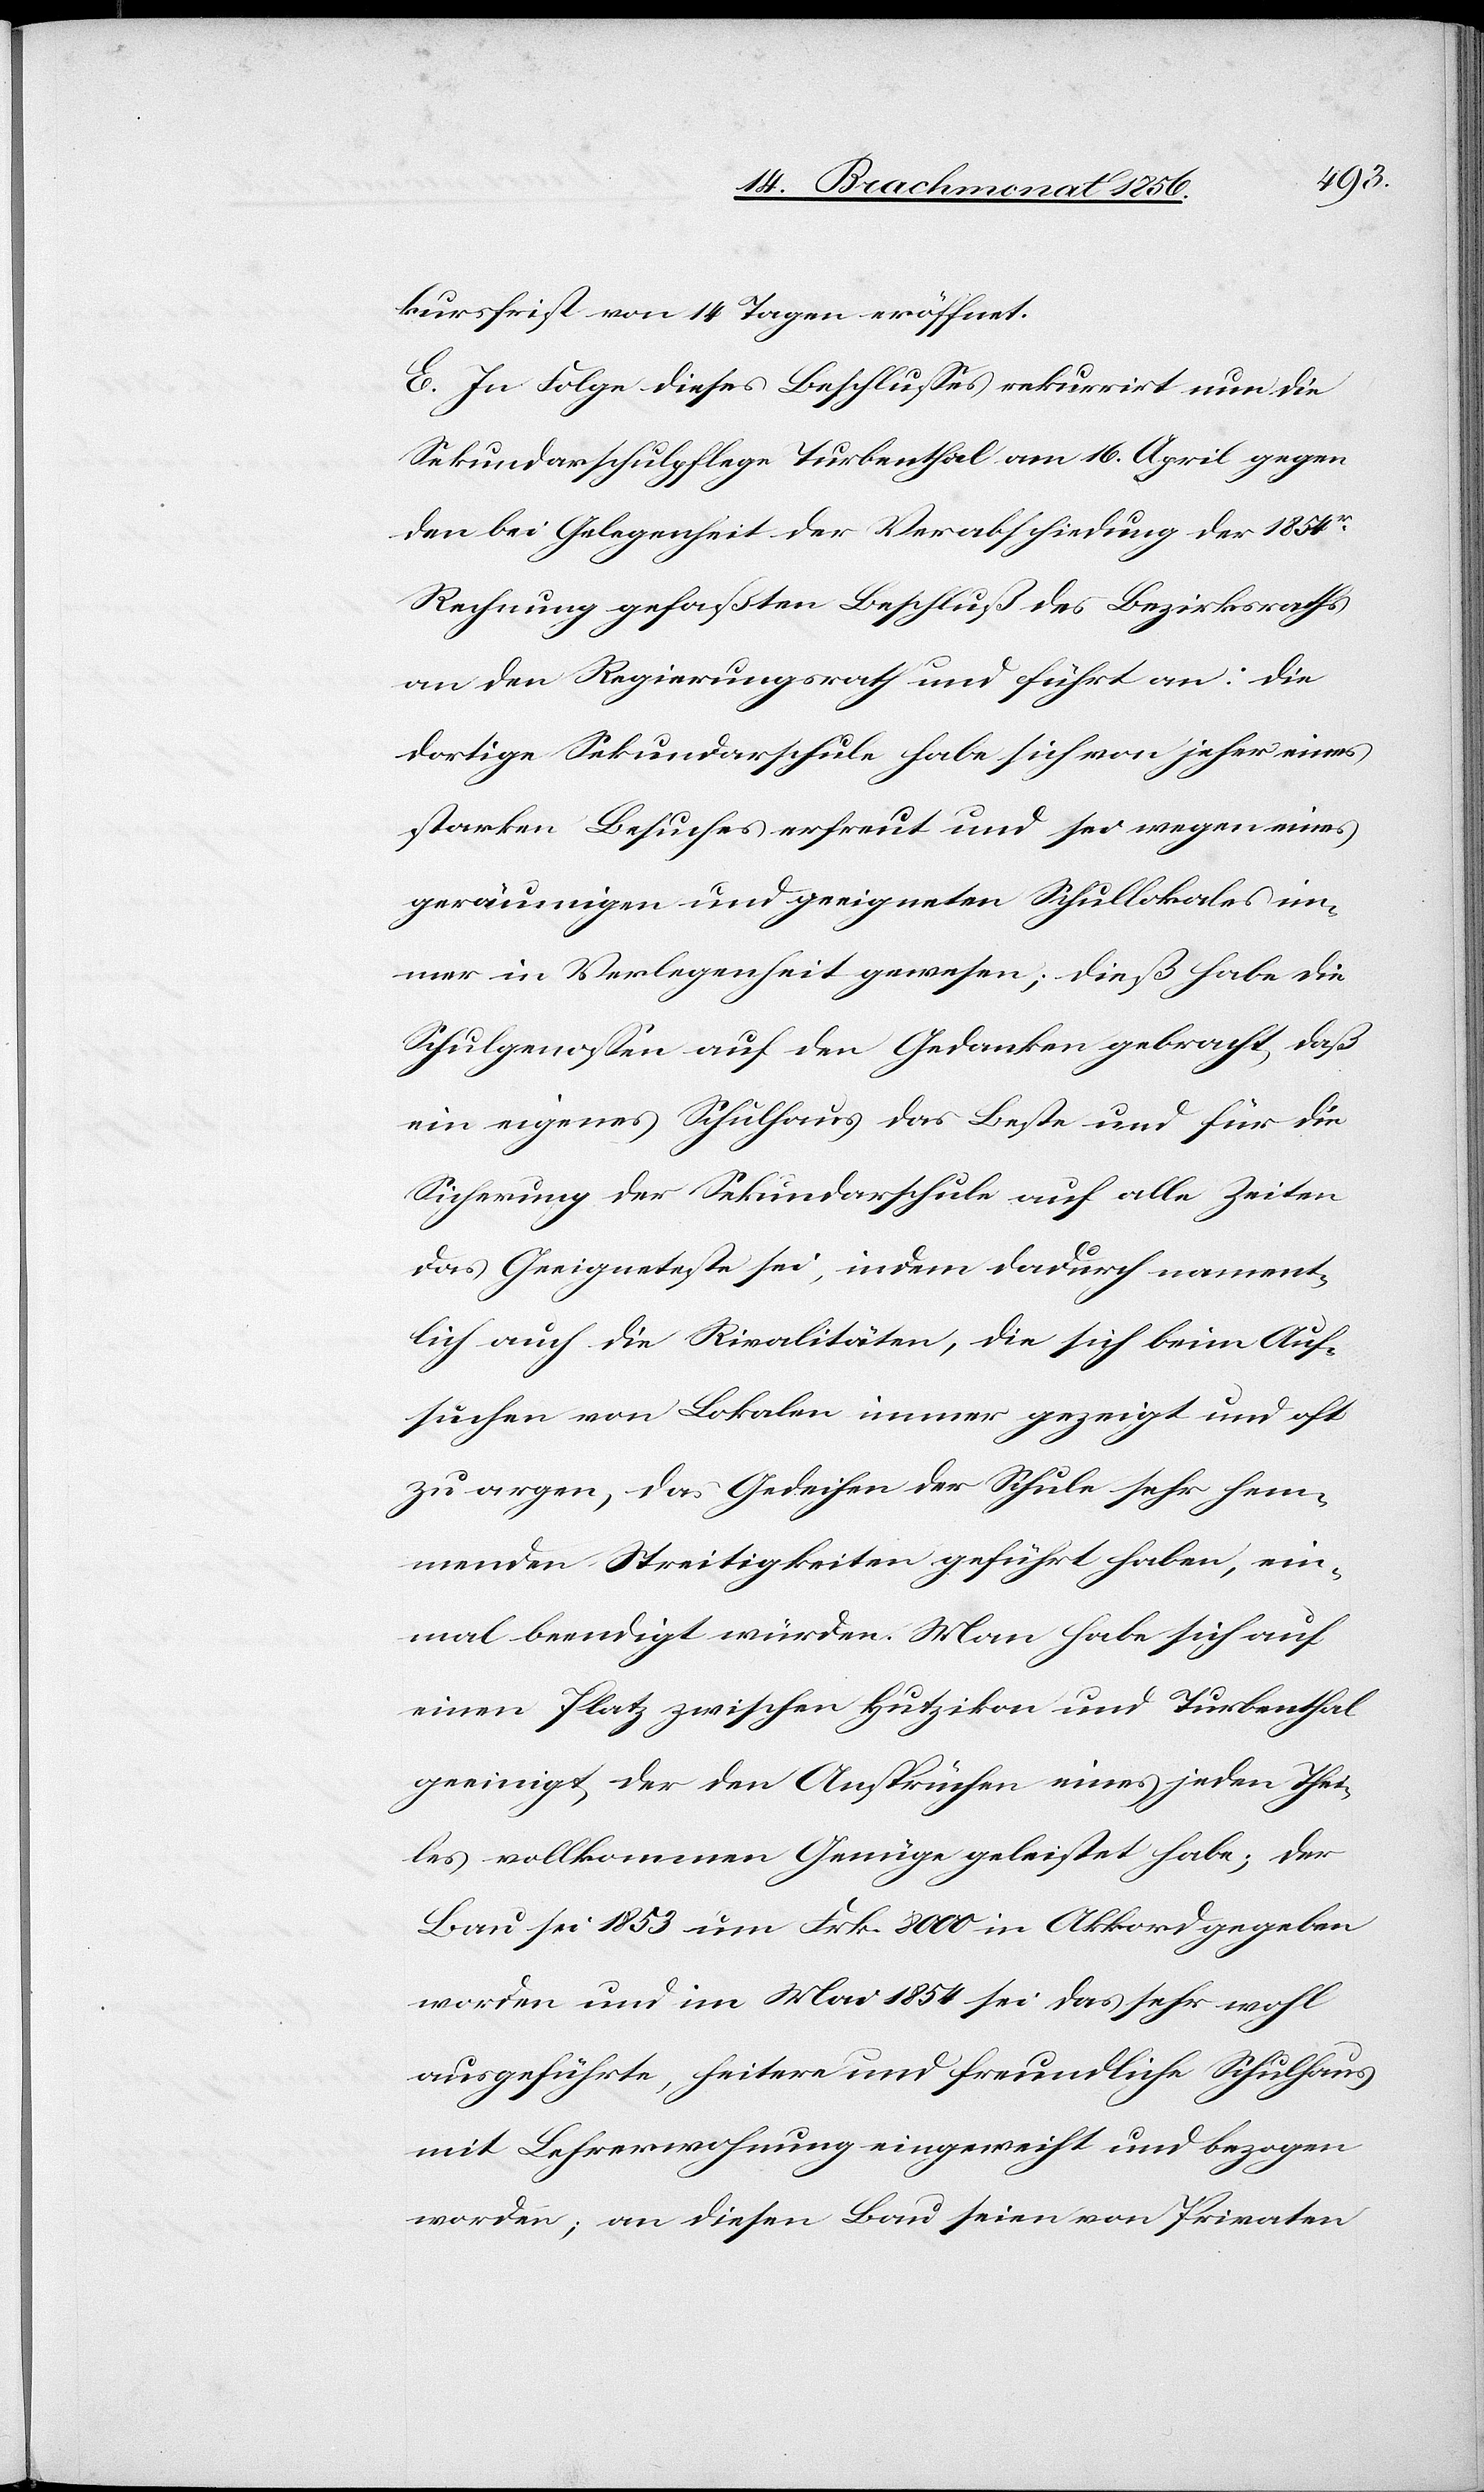
kursfrist von 14 Tagen eröffnet.
E. In Folge dieses Beschlusses rekurrirt nun die
Sekundarschulpflege Turbenthal am 16. April gegen
den bei Gelegenheit der Verabschiedung der 1854r
Rechnung gefaßten Beschluß des Bezirksraths
an den Regierungsrath und führt an: Die
dortige Sekundarschule habe sich von jeher eines
starken Besuches erfreut und sei wegen eines
geräumigen und geeigneten Schullokales im¬
mer in Verlegenheit gewesen; dieß habe die
Schulgenossen auf den Gedanken gebracht, daß
ein eigenes Schulhaus das Beste und für die
Sicherung der Sekundarschule auf alle Zeiten
das Geeigneteste sei, indem dadurch nament¬
lich auch die Rivalitäten, die sich beim Auf¬
suchen von Lokalen immer gezeigt und oft
zu argen, das Gedeihen der Schule sehr hem¬
menden Streitigkeiten geführt haben, ein¬
mal beendigt würden. Man habe sich auf
einen Platz zwischen Hutzikon und Turbenthal
geeinigt, der den Ansprüchen eines jeden Thei¬
les vollkommen Genüge geleistet habe; der
Bau sei 1853 um Frk. 8000 in Akkord gegeben
worden und im Mai 1854 sei das sehr wohl
ausgeführte, heitere und freundliche Schulhaus
mit Lehrerwohnung eingeweiht und bezogen
worden; an diesen Bau seien von Privaten